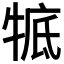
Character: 𤚃